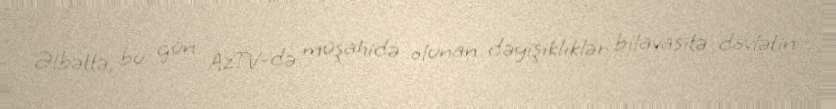
Əlbəttə, bu gün AzTV-də müşahidə olunan dəyişikliklər bilavasitə dövlətin